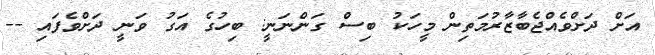
އަށް ދަށްވެއްޖެބާޒާރުމަތިން މީހަކު ބިސް ގަންނަނީ: ބިހުގެ އަގު ވަނީ ދަށްވެފައި --